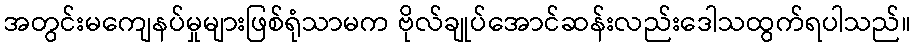
အတွင်းမကျေနပ်မှုများဖြစ်ရုံသာမက ဗိုလ်ချုပ်အောင်ဆန်းလည်းဒေါသထွက်ရပါသည်။